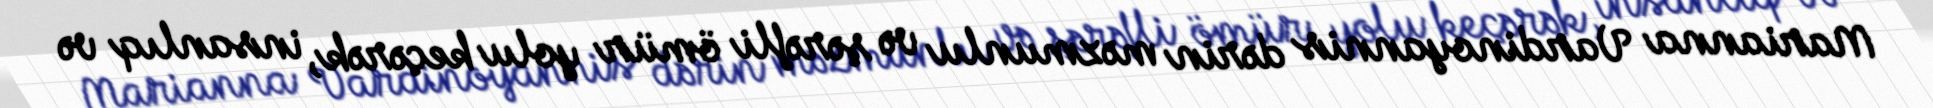
Marianna Vardinoyannis dərin məzmunlu və şərəfli ömür yolu keçərək, insanlıq və